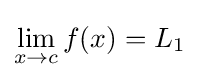
\lim _{x\to c}f(x)=L_{1}